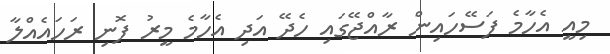
މިއީ އެހާމެ ފަސޭހައިން ރާއްޖޭގައި ހެދޭ އަދި އެހާމެ މީރު ފޮނި ރަހައެއްލާ